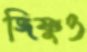
জিষ্ণুও